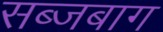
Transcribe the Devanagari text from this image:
सब्जबाग